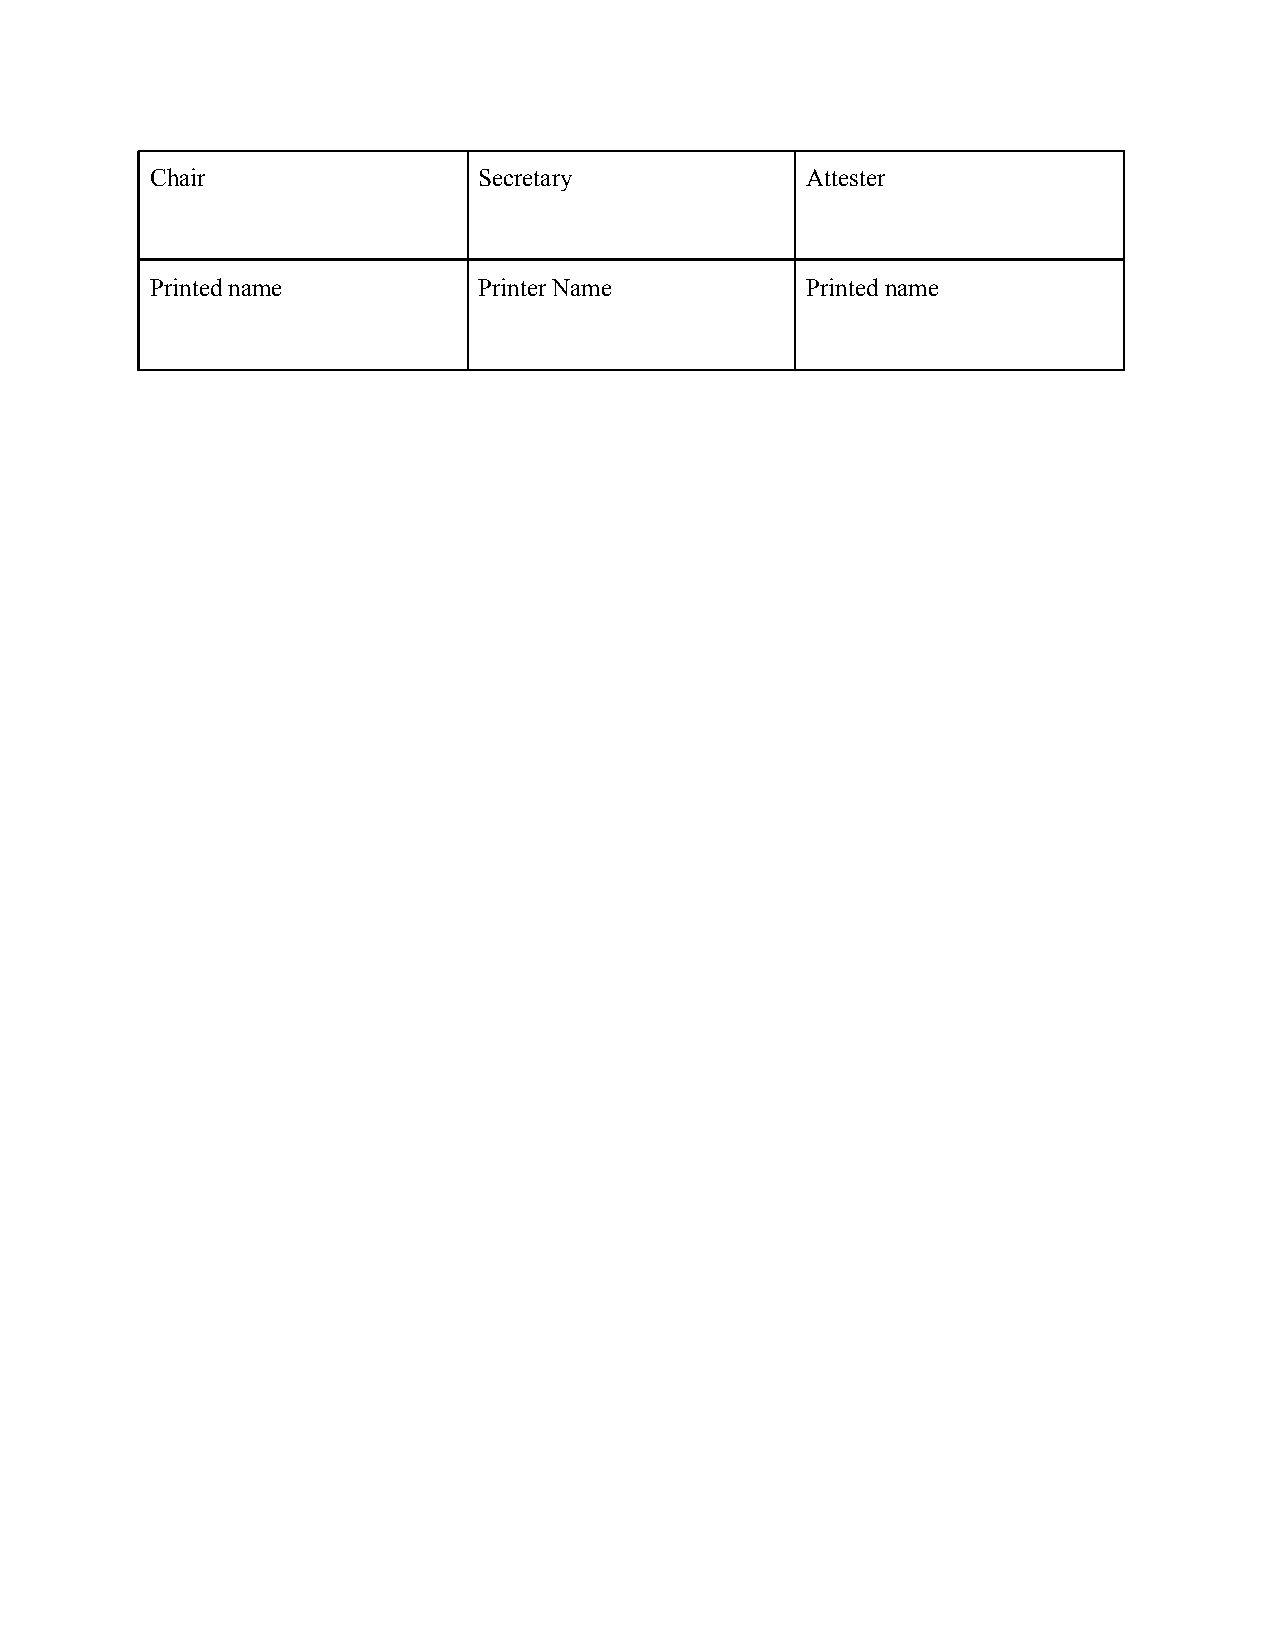
Chair                 Secretary            Attester
 Printed name          Printer Name         Printed name